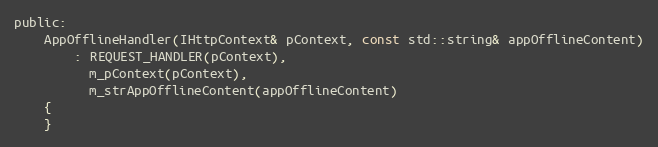
Language: C
public:
    AppOfflineHandler(IHttpContext& pContext, const std::string& appOfflineContent)
        : REQUEST_HANDLER(pContext),
          m_pContext(pContext),
          m_strAppOfflineContent(appOfflineContent)
    {
    }